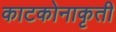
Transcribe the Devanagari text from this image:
काटकोनाकृती